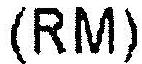
(RM)